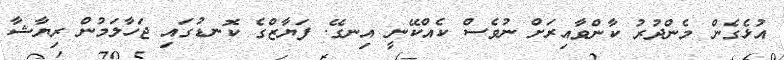
އުޅެގެން މެންދުރު ކާންވާއިރަށް ނުވެސް ކެއްކޭނީ އިނގޭ. ފަޔާޒްގެ ކޮނޑުގައި ޖަހާލަމުން ރިޔާޝާ